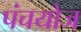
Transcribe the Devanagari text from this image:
पंचयोज